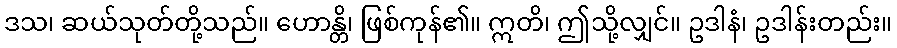
ဒသ၊ ဆယ်သုတ်တို့သည်။ ဟောန္တိ၊ ဖြစ်ကုန်၏။ ဣတိ၊ ဤသို့လျှင်။ ဥဒါနံ၊ ဥဒါန်းတည်း။